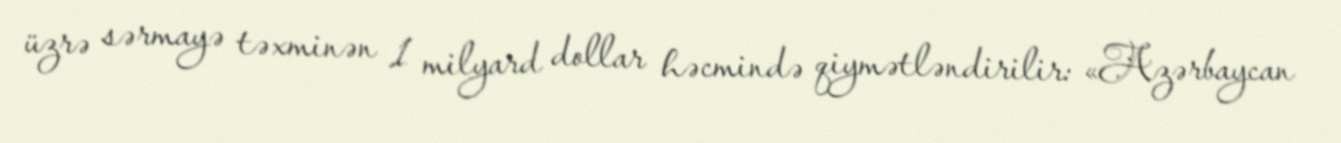
üzrə sərmayə təxminən 1 milyard dollar həcmində qiymətləndirilir: «Azərbaycan